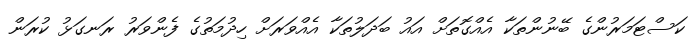
ކަސްޓަމަރުންގެ ބޭނުންތަކާ އެއްގޮތަށް އައު ބަދަލުތަކާ އެއްވަރަށް ހިދުމަތުގެ ފެންވަރު ރަނގަޅު ކުރަން